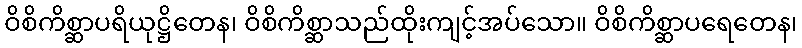
ဝိစိကိစ္ဆာပရိယုဋ္ဌိတေန၊ ဝိစိကိစ္ဆာသည်ထိုးကျင့်အပ်သော။ ဝိစိကိစ္ဆာပရေတေန၊